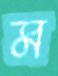
ম